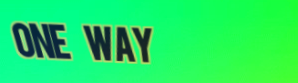
ONE WAY